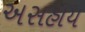
અસહાય